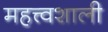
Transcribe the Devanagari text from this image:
महत्त्वशाली